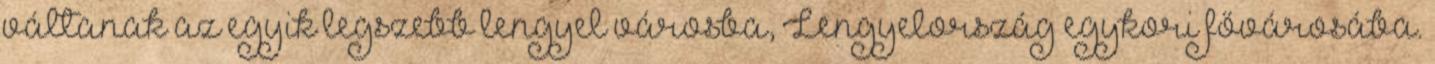
váltanak az egyik legszebb lengyel városba, Lengyelország egykori fővárosába.